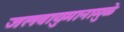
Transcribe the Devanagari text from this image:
जलवायुमानामुळे